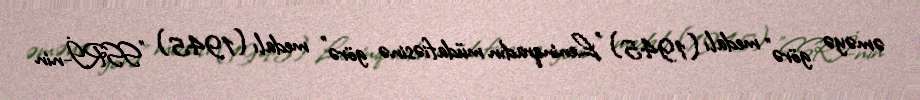
əməyə görə" medalı (1945) "Leninqradın müdafiəsinə görə" medalı (1945) "SSRİ-nin